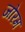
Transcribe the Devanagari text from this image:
जोरम